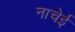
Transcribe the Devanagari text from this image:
नाचेई